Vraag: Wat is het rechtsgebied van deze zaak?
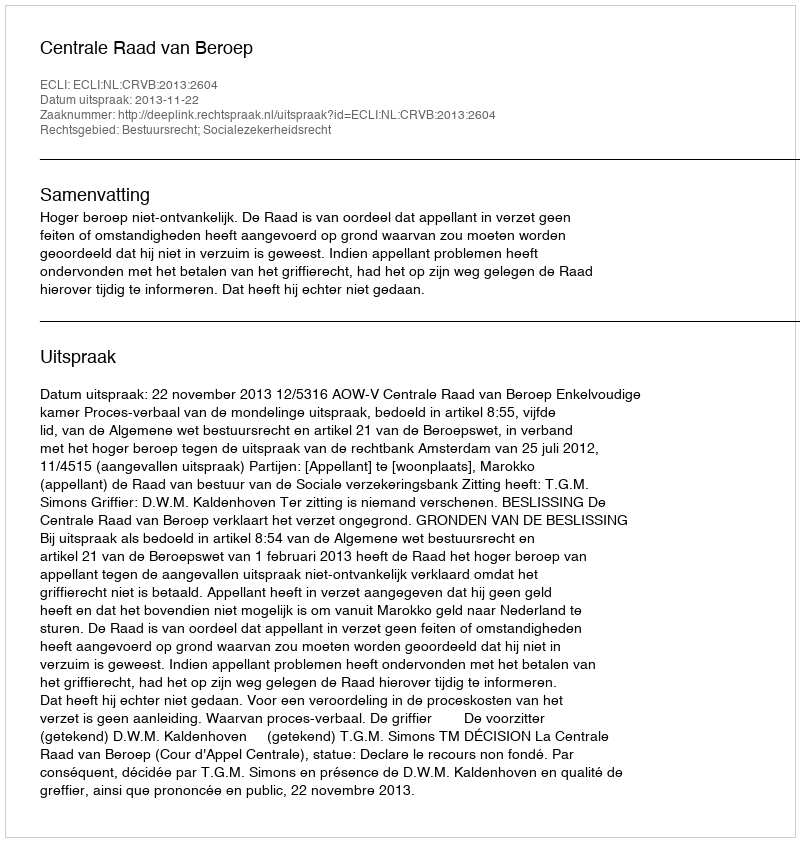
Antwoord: Bestuursrecht; Socialezekerheidsrecht